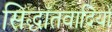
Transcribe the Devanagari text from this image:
सिद्धाँतवादियों